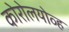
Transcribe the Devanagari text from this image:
कोरोलयोव्ह